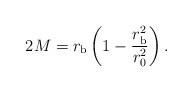
LaTeX: \begin{align*}2 M = r_{\rm b} \left( 1 - \frac{r_{\rm b}^2}{r_0^2} \right).\end{align*}